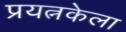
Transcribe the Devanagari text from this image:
प्रयत्नकेला